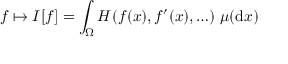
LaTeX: f \mapsto I [ f ] = \int _ { \Omega } H ( f ( x ) , f ^ { \prime } ( x ) , \ldots ) \; \mu ( { \mathrm { d } } x )